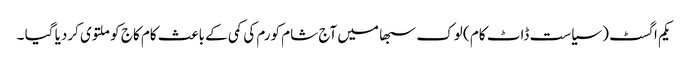
یکم اگسٹ ( سیاست ڈاٹ کام ) لوک سبھا میں آج شام کورم کی کمی کے باعث کام کاج کو ملتوی کردیا گیا ۔